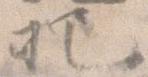
把